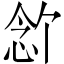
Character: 𪫶